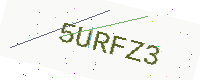
Text: 5URFZ3